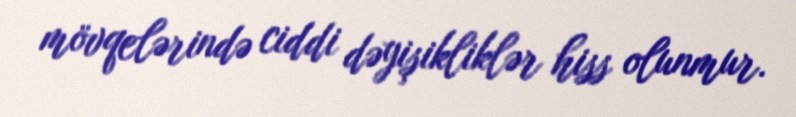
mövqelərində ciddi dəyişikliklər hiss olunmur.